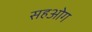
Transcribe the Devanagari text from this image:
सहओग